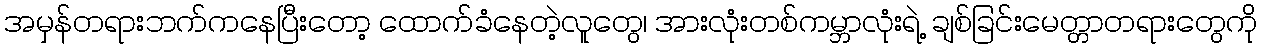
အမှန်တရားဘက်ကနေပြီးတော့ ထောက်ခံနေတဲ့လူတွေ၊ အားလုံးတစ်ကမ္ဘာလုံးရဲ့ ချစ်ခြင်းမေတ္တာတရားတွေကို